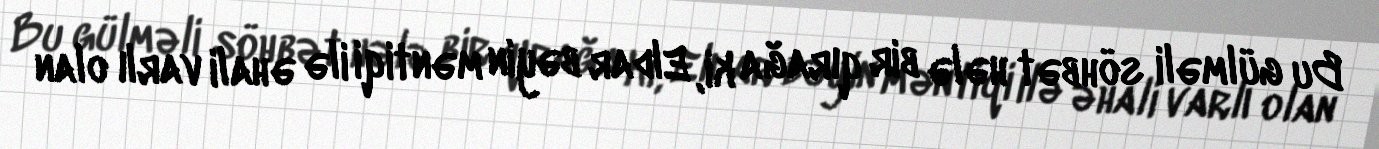
Bu gülməli söhbət hələ bir qırağa ki, Eldar bəyin məntiqi ilə əhali varlı olan